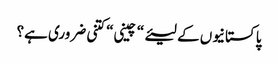
پاکستانیوں کے لیئے“ چینی“ کتنی ضروری ہے؟